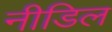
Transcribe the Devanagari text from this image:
नीडिल